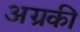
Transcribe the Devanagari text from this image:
अग्रकी